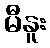
မီနူး